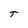
Character: t